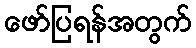
ဖော်ပြရန်အတွက်